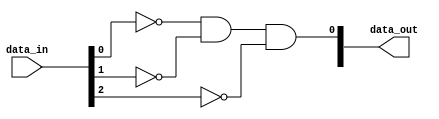
module decoder(
data_in,
data_out
    );
    input [2:0] data_in;
    output reg [7:0] data_out;

//write code here
assign data_out[0] = (!data_in[0]) && (!data_in[1]) && (!data_in[2]);  
endmodule